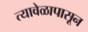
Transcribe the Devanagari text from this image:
त्यावेळापासून